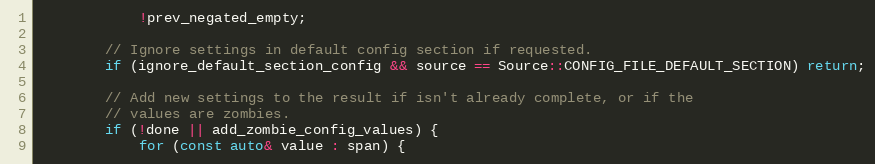
Language: C++
            !prev_negated_empty;

        // Ignore settings in default config section if requested.
        if (ignore_default_section_config && source == Source::CONFIG_FILE_DEFAULT_SECTION) return;

        // Add new settings to the result if isn't already complete, or if the
        // values are zombies.
        if (!done || add_zombie_config_values) {
            for (const auto& value : span) {